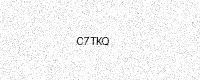
Text: C7TKQ